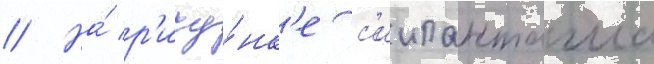
// На́ р'ису́нк'е с'иипанташа